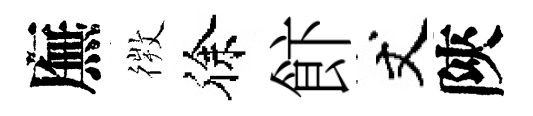
廡𢕄徐飰丈陝